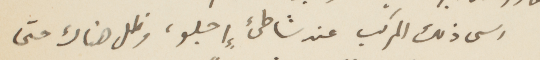
رسى ذلك المركب عند شاطئ إجلو، وظل هناك حتى